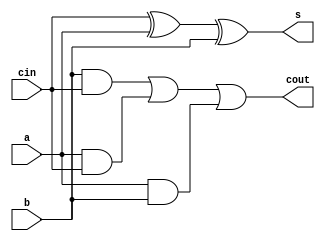
`timescale 1ns / 1ps
//////////////////////////////////////////////////////////////////////////////////
// Company: 
// Engineer: 
// 
// Design Name: 
// Module Name: FullAdder
// Project Name: 
// Target Devices: 
// Tool Versions: 
// Description: 
// 
// Dependencies: 
// 
// Revision:
// Revision 0.01 - File Created
// Additional Comments:
// 
//////////////////////////////////////////////////////////////////////////////////


module FullAdder(a, b, cin, s, cout);
  // 3C7 LabD 2010
  // a and b are the bits to add
  // cin is carry in
  input wire a, b, cin;
  
  // s is the sum of a and b. cout is any carry out bit
  // wires since just using assign here
  output wire s, cout;

  // logic for sum and carry
  assign s = cin ^ a ^ b; 
  assign cout = (b & cin) | (a & cin) | (a & b); //there will be a carry if two
                                                 //of these are 1

   
endmodule